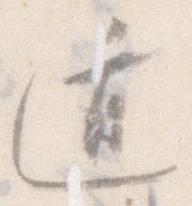
遁